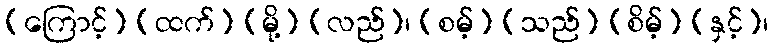
(ကြောင့်) (ထက်) (မို့) (လည်)၊ (စမ့်) (သည်) (စိမ့်) (နှင့်)၊